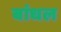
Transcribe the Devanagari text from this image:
बांधल